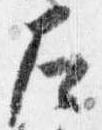
左